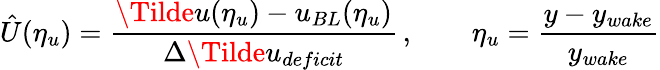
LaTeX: \hat{U}(\eta_{u})=\frac{\Tilde{u}(\eta_{u})-u_{BL}(\eta_{u})}{\Delta\Tilde{u}_{deficit}}\, ,\qquad\eta_{u}=\frac{y-y_{wake}}{y_{wake}}